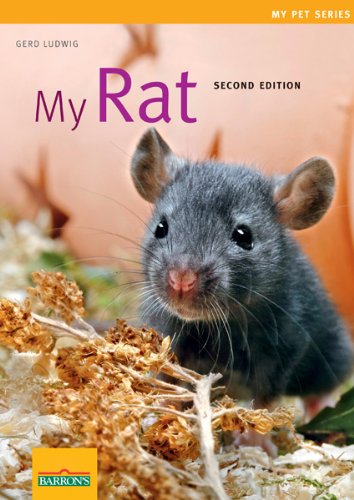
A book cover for My Rat (My Pet Series); Gerd Ludwig; Crafts, Hobbies & Home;